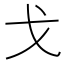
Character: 戈